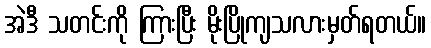
အဲဒီ သတင်းကို ကြားပြီး မိုးပြိုကျသလားမှတ်ရတယ်။